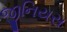
જીનિયસ